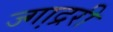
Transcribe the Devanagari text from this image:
ज्गा़द्ररी